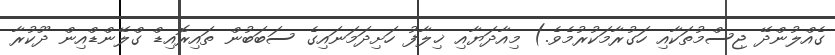
ގެއްލުންދޭ ޖިސްމުތަކާއި ހަގުރާމަކުރުމެވެ.) މިއާދަޔާއި ޚިލާފު ހަށިދަމަނައިގެ ސަބަބުން ތައިރޮއިޑް ގްލޭންޑްއިން ދޫކުރާ